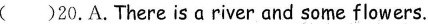
( )20.A.There isαriver and some flowers.